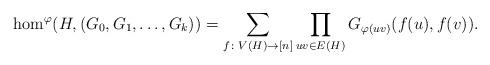
LaTeX: \begin{align*}\hom^\varphi(H, (G_0, G_1, \dots, G_k)) = \sum_{f \colon V(H) \to [n]} \prod_{uv \in E(H)} G_{\varphi(uv)}(f(u),f(v)).\end{align*}